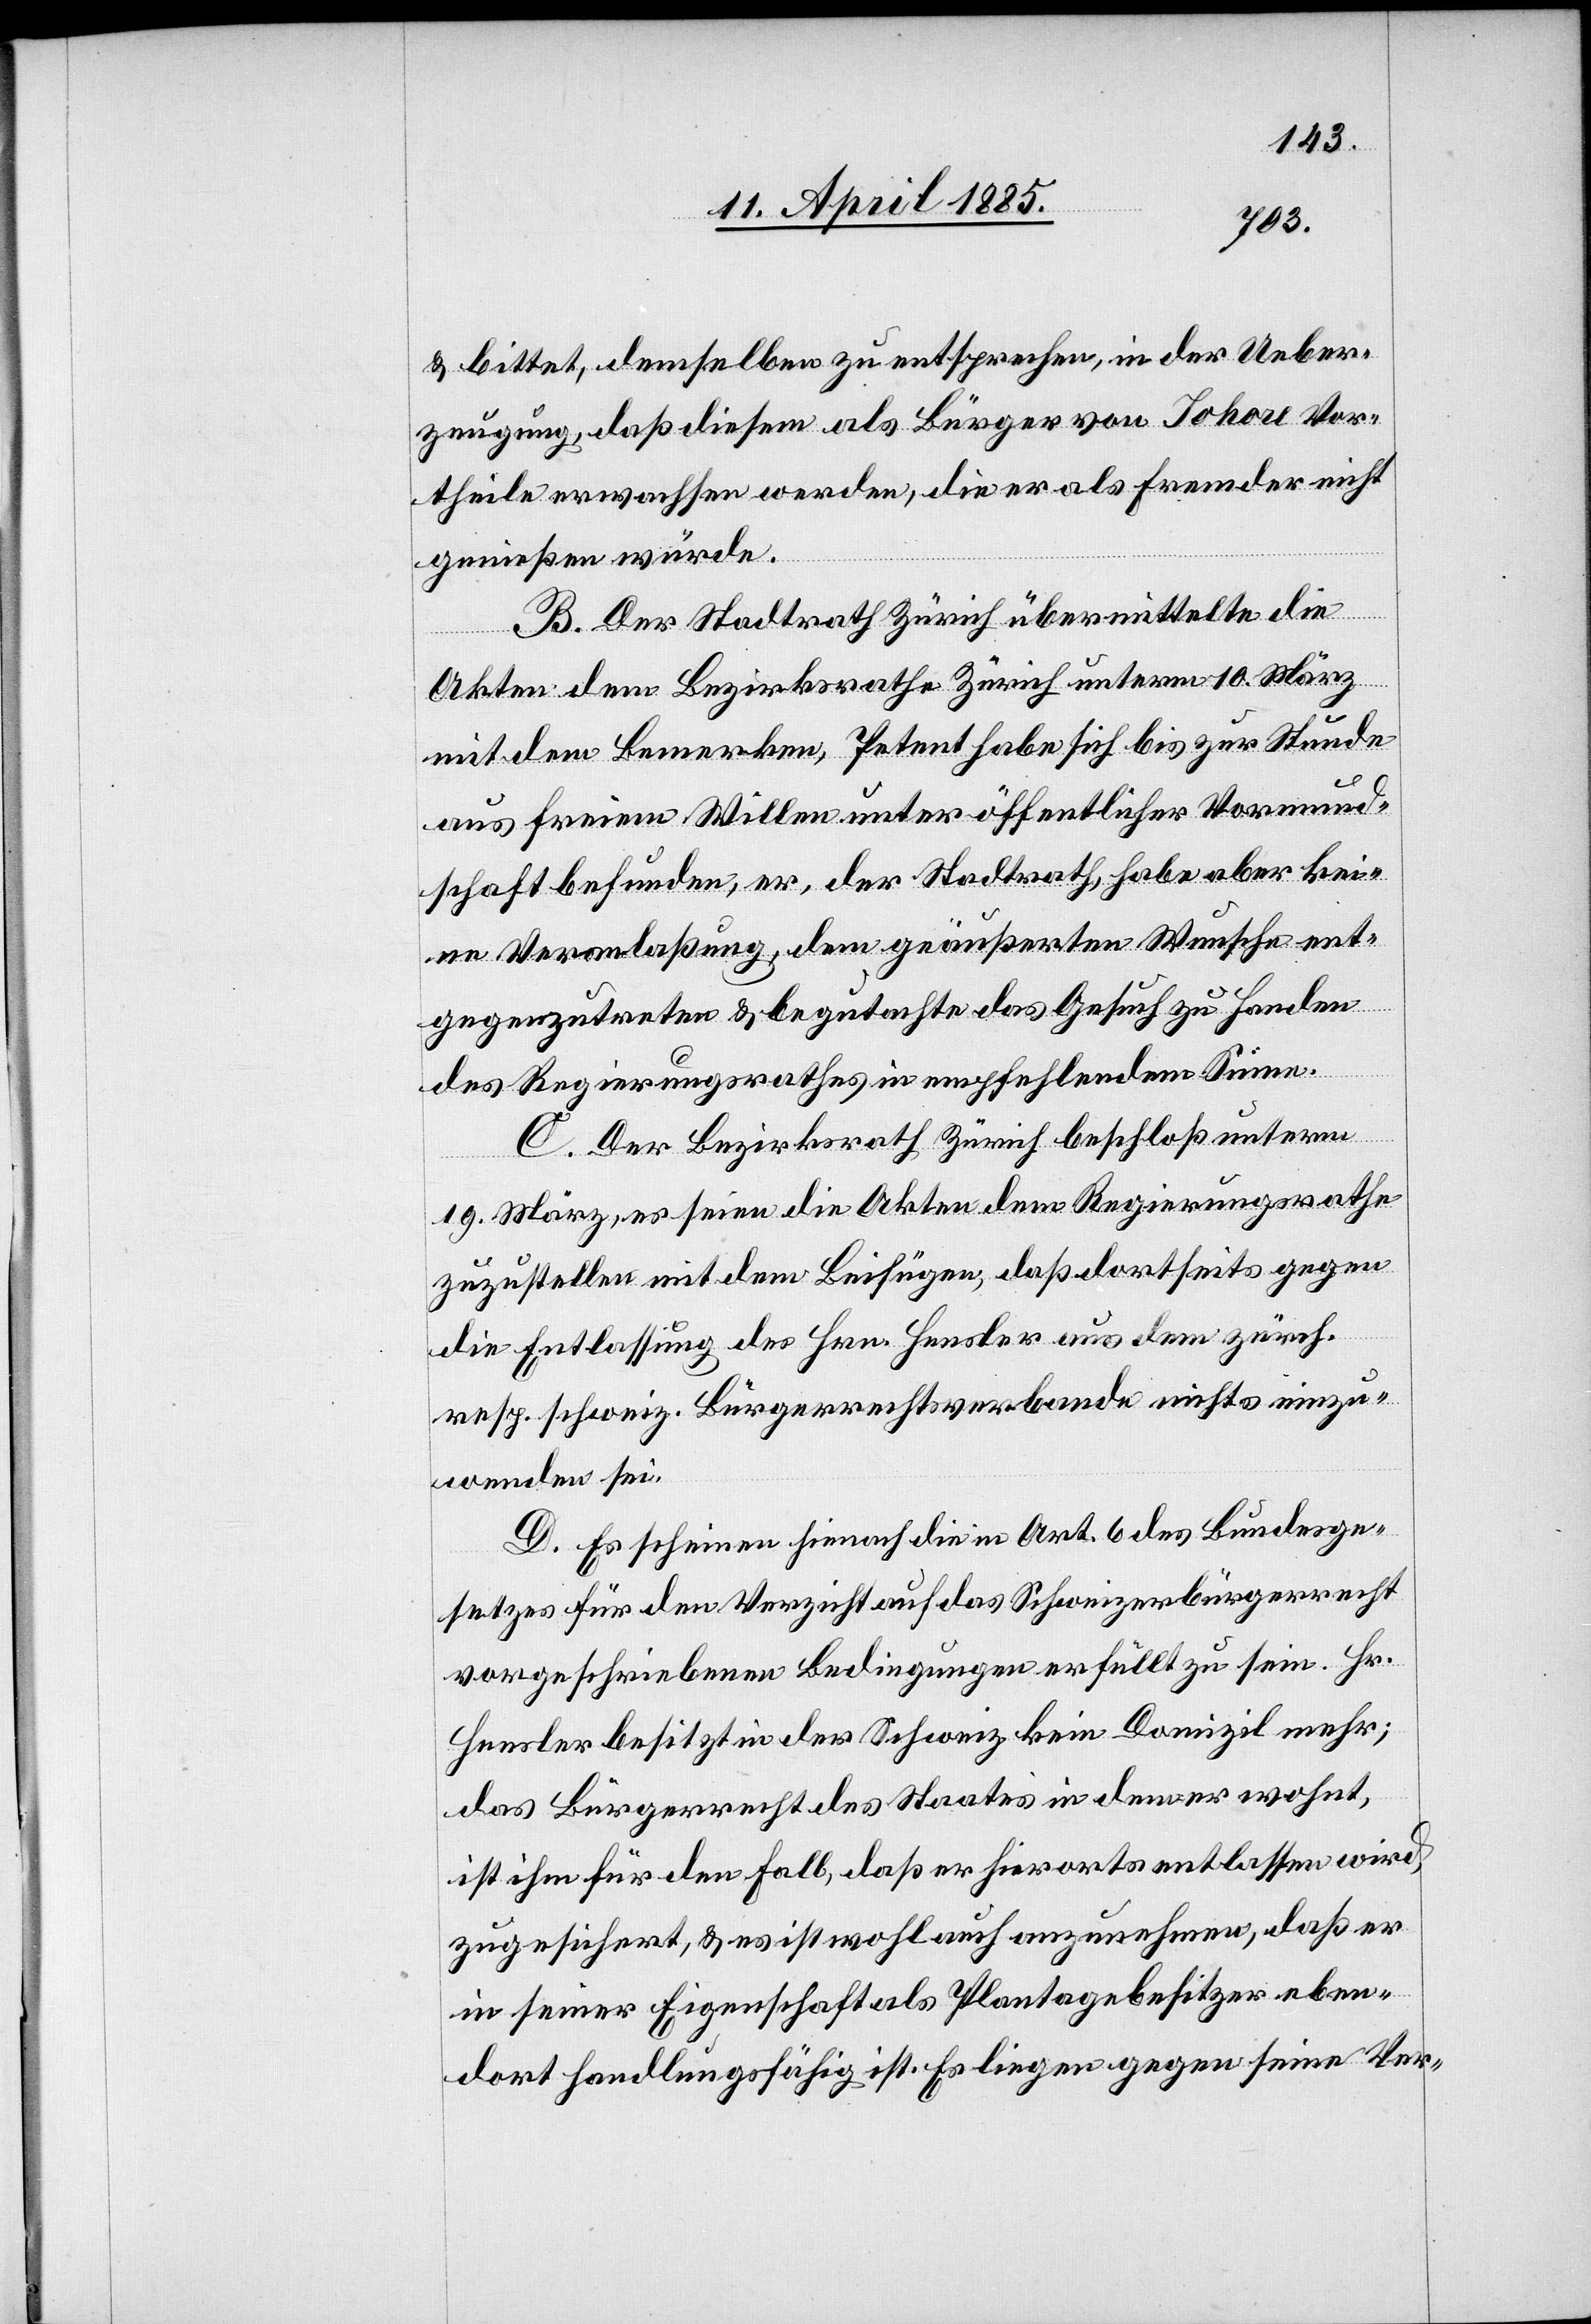
& bittet, demselben zu entsprechen, in der Ueber¬
zeugung, daß diesem als Bürger von Johore Vor¬
theile erwachsen werden, die er als Fremder nicht
genießen würde.
B. Der Stadtrath Zürich übermittelte die
Akten dem Bezirksrathe Zürich unterm 10. März
mit dem Bemerken, Petent habe sich bis zur Stunde
aus freiem Willen unter öffentlicher Vormund¬
schaft befunden, er, der Stadtrath, habe aber kei¬
ne Veranlaßung, dem geäußerten Wunsche ent¬
gegenzutreten & begutachte das Gesuch zu Handen
des Regierungsrathes in empfehlendem Sinne.
C. Der Bezirksrath Zürich beschloß unterm
19. März, es seien die Akten dem Regierungsrathe
zuzustellen mit dem Beifügen, daß dortseits gegen
die Entlassung des Hrn. Hensler aus dem zürch.
resp. schweiz. Bürgerrechtsverbande nichts einzu¬
wenden sei.
D. Es scheinen hienach die in Art. 6 des Bundesge¬
setzes für den Verzicht auf das Schweizerbürgerrecht
vorgeschriebenen Bedingungen erfüllt zu sein. Hr.
Hensler besitzt in der Schweiz kein Domizil mehr;
das Bürgerrecht des Staates in dem er wohnt,
ist ihm für den Fall, daß er hierorts entlassen wird,
zugesichert, & es ist wohl auch anzunehmen, daß er
in seiner Eigenschaft als Plantagebesitzer eben
dort handlungsfähig ist. Es liegen gegen seine Ver-